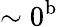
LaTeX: \sim 0^{\mathrm{b}}